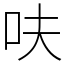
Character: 呋